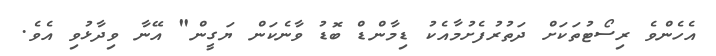
އެހެންވެ ރިސޯޓުތަކަށް ދަތުރުފެށުމާއެކު ޑިމާންޑް ބޮޑު ވާނެކަން ޔަގީން" އޭނާ ވިދާޅުވި އެވެ.